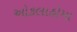
ઓકલાહોમા